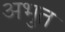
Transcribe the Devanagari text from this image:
अभुत